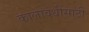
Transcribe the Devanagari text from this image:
कालावधींसाठी